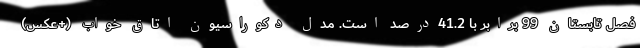
فصل تابستان 99 برابر با 41.2درصد است. مدل دکوراسیون اتاق خواب (+عکس)